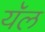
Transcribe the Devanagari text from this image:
यॅल